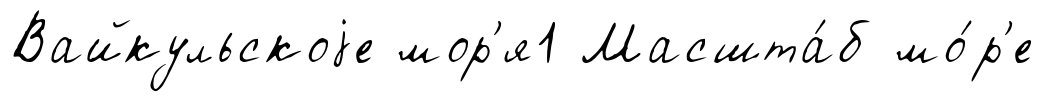
Вайкульскоjе мор'я1 Масшта́б мо́р'е